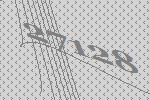
27128